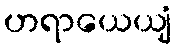
ဟရာယေယျံ